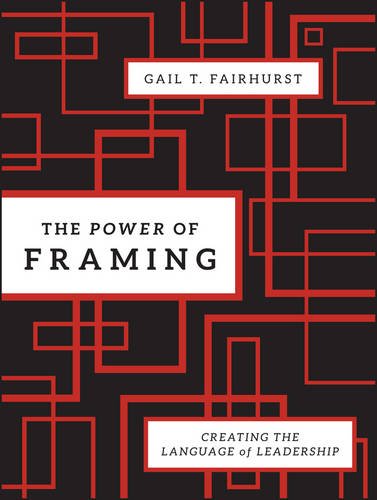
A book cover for The Power of Framing: Creating the Language of Leadership; Gail T. Fairhurst; Crafts, Hobbies & Home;